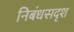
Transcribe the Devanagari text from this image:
निबंधसदृश